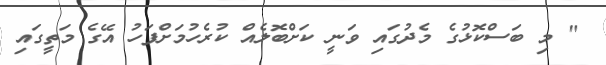
" މި ބަސްކޮޅުގެ މެދުގައި ވަނީ ކަށްބޮލެއް ކުރެހުމަށްފަހު އޭގެ މަތީގައި